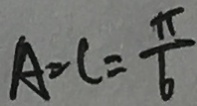
A = C = \frac { \pi } { 6 }